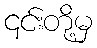
၎င်းတို့မှ